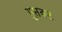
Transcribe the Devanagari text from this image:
गुप्तकट